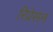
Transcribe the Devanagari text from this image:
रिप्रेसन